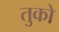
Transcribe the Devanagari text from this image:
तुको